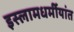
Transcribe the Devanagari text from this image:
इस्लामधर्मीयांत